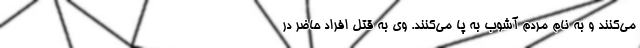
می‌کنند و به نام مردم آشوب به پا می‌کنند. وی به قتل افراد حاضر در